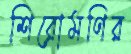
শিরোমণির